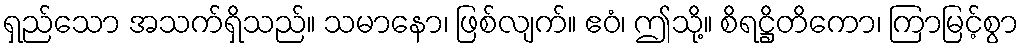
ရှည်သော အသက်ရှိသည်။ သမာနော၊ ဖြစ်လျက်။ ဧဝံ၊ ဤသို့။ စိရဋ္ဌိတိကော၊ ကြာမြင့်စွာ